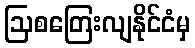
ဩစတြေးလျနိုင်ငံမှ